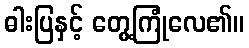
ဓါးပြနှင့် တွေ့ကြုံလေ၏။